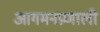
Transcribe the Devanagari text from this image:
आगमनप्रणाली